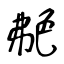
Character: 艴